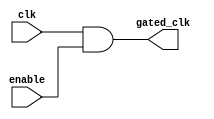
module clock_gating_cell (
    input wire clk,          // Original clock signal
    input wire enable,       // Gating signal (enable/disable)
    output wire gated_clk    // Gated clock output
);
    assign gated_clk = clk & enable; // Gated clock logic
endmodule